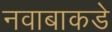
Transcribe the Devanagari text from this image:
नवाबाकडे